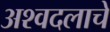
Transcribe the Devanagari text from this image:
अश्वदलाचे